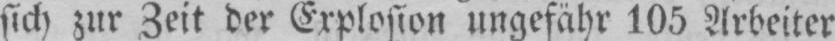
sich zur Zeit der Explosion ungefähr 105 Arbeiter